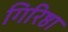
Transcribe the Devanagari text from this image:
गिरिष्ठा